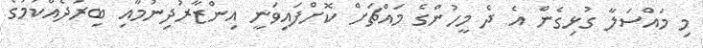
މި މައްސަލާ ގުޅިގެން އެ ދެ މީހުންގެ މައްޗަށް ކޮށްފައިވަނީ އިންޒާރުދިނުމާއި ބިރުދެއްކުމުގެ